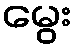
မွေး